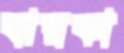
বারকা